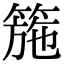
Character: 箷